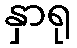
နှာရု